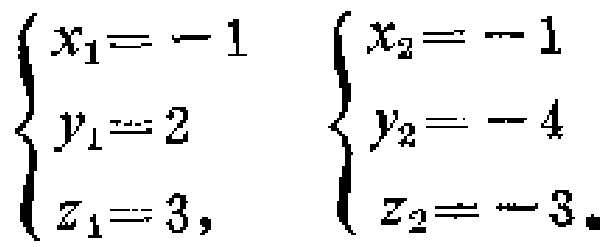
\(\begin{cases}

x_1 = -1 \\

y_1 = 2 \\

z_1 = 3,

\end{cases}\) \(\begin{cases}

x_2 = -1 \\

y_2 = -4 \\

z_2 = -3.

\end{cases}\)